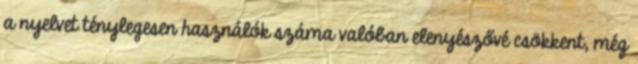
a nyelvet ténylegesen használók száma valóban elenyészővé csökkent, még